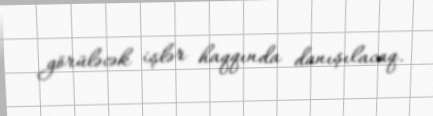
görüləcək işlər haqqında danışılacaq.